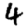
Digit: 4